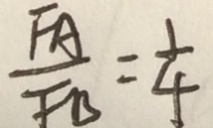
\frac { F A } { F B } = \frac { 1 } { 4 }